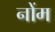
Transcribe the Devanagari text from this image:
नोंम